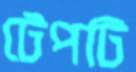
টেপটি